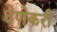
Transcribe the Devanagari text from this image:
देणेकरी